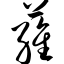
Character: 蕹